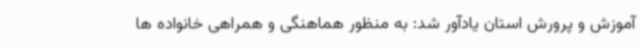
آموزش و پرورش استان یادآور شد: به منظور هماهنگی و همراهی خانواده ها